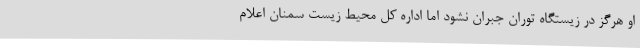
او هرگز در زیستگاه توران جبران نشود اما اداره کل محیط زیست سمنان اعلام